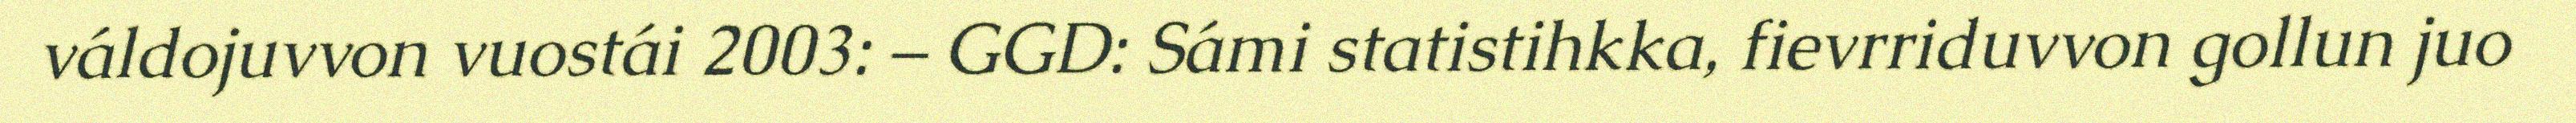
váldojuvvon vuostái 2003: – GGD: Sámi statistihkka, fievrriduvvon gollun juo